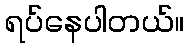
ရပ်နေပါတယ်။